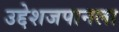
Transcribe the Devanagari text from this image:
उद्देशजपानला